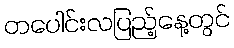
တပေါင်းလပြည့်နေ့တွင်